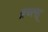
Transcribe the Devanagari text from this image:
ब्रच्त्स्